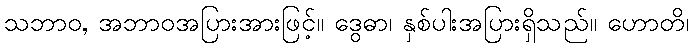
သဘာဝ, အဘာဝအပြားအားဖြင့်။ ဒွေဓာ၊ နှစ်ပါးအပြားရှိသည်။ ဟောတိ၊